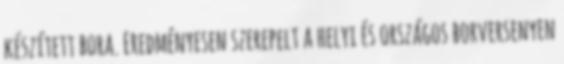
készített bora. Eredményesen szerepelt a helyi és országos borversenyen